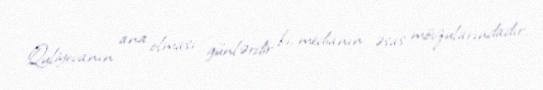
Quliyevanın ana olması günlərdir ki, medianın əsas mövzularındadır.